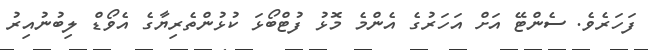
ފަހަރެވެ. ސެންޓޭ އަށް އަހަރުގެ އެންމެ މޮޅު ފުޓްބޯޅަ ކުޅުންތެރިޔާގެ އެވޯޑް ލިބުނުއިރު